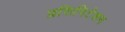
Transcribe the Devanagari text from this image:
प्रसिपिटेशन